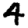
Digit: 4